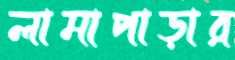
লামাপাড়ার